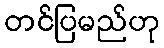
တင်ပြမည်ဟု